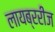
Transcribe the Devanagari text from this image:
लायब्ररीज